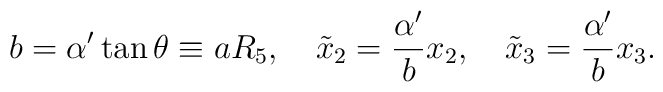
b= \alpha'\tan \theta \equiv a R_5, \quad \tilde{x}_2 = \frac{\alpha'}{b} x_2, \quad\tilde{x}_3 = \frac{\alpha'}{b} x_3.